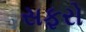
સફરો